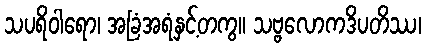
သပရိဝါရော၊ အခြံအရံနှင့်တကွ။ သဗ္ဗလောကဒိပတိဿ၊